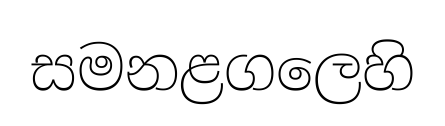
සමනළගලෙහි